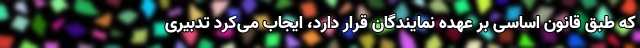
که طبق قانون اساسی بر عهده نمایندگان قرار دارد، ایجاب می‌کرد تدبیری